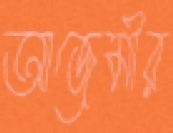
আজেমীর